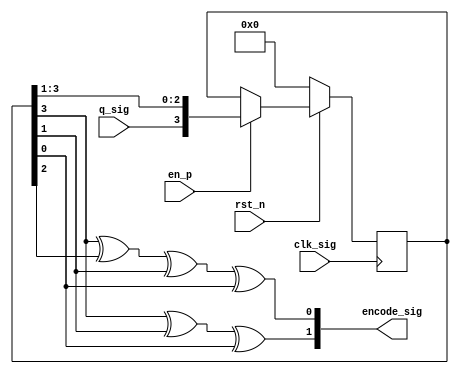
// ************************************************************
//
// Design Name: BPSK
// Module Name: ConvEncode.v
// Tool versions: VsCode
// Description: This is the convolutional encoder module.
// Parameter:
// 1. 
// Input:
// 1. 
// Output:
// 1. 
// ************************************************************
module ConvEncode (
    input [0:0] q_sig,
    input       en_p,
    input       clk_sig,
    input       rst_n,

    output [1:0] encode_sig
);
    reg [3:0] encoder_reg;

    always @(posedge clk_sig) begin
        if (!rst_n) begin
            encoder_reg <= 4'b0;
        end else begin
            if (en_p == 1'b1) encoder_reg <= {q_sig, encoder_reg[3:1]};
        end
    end

    assign encode_sig[1] = encoder_reg[3] ^ encoder_reg[1] ^ encoder_reg[0];
    assign encode_sig[0] = encoder_reg[3] ^ encoder_reg[2] ^ encoder_reg[1] ^ encoder_reg[0];
endmodule